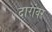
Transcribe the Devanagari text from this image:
दारांवर